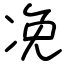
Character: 凂